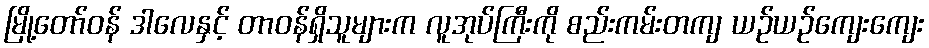
မြို့တော်ဝန် ဒါလေနှင့် တာဝန်ရှိသူများက လူအုပ်ကြီးကို စည်းကမ်းတကျ ယဉ်ယဉ်ကျေးကျေး